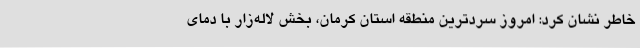
خاطر نشان کرد: امروز سردترین منطقه استان کرمان، بخش لاله‌زار با دمای